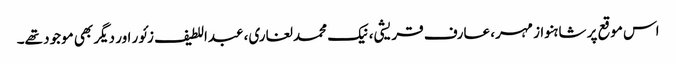
اس موقع پر شاہنواز مہر، عارف قریشی، نیک محمد لغاری، عبداللطیف زئور اور دیگر بھی موجود تھے۔